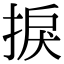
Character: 捩